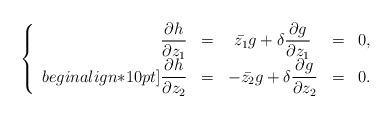
LaTeX: \begin{align*} \left\{\begin{array}{rcccl}\displaystyle\frac{\partial h}{\partial z_1} &=& \displaystyle\bar{z_1} g + \delta \frac{\partial g}{\partial z_1} &=& 0,\\begin{align*}10pt]\displaystyle\frac{\partial h}{\partial z_2} &=& \displaystyle - \bar{z_2}g + \delta \frac{\partial g}{\partial z_2} &=& 0.\end{array}\right.\end{align*}